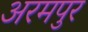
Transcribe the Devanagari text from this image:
अरमपुर